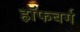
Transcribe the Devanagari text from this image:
हॉफबर्ग